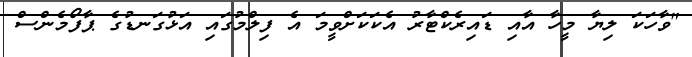
"ވާހަކަ ލިޔާ މީހާ އާއި ޑައިރެކްޓާރު އެކަކަށްވީމަ އެ ފިލްމުގައި އަޅުގަނޑުގެ ޕާފޯމެންސް